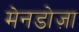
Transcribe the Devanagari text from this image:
मेनडोज़ा